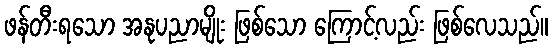
ဖန်တီးရသော အနုပညာမျိုး ဖြစ်သော ကြောင့်လည်း ဖြစ်လေသည်။